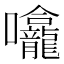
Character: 㘛